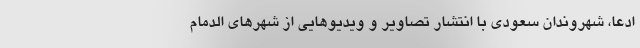
ادعا، شهروندان سعودی با انتشار تصاویر و ویدیوهایی از شهرهای الدمام